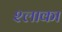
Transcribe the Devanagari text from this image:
श्लाका